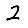
Digit: 2